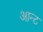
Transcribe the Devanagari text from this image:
आन्ट